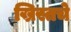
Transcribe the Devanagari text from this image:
ख्रिस्तचे